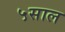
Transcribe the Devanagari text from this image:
५साल